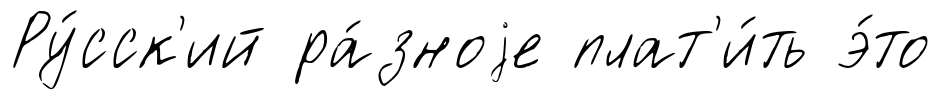
Ру́сск'ий ра́зноjе плат'и́ть э́то